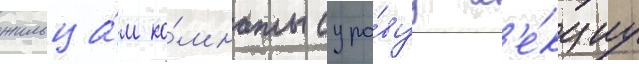
жильца́м ко́мнаты суро́вуу л'е́кциу